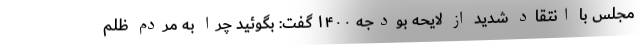
مجلس با انتقاد شدید ‌از لایحه بودجه ۱۴۰۰ گفت: بگوئید چرا به مردم ظلم